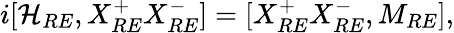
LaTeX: i[{\cal H}_{RE},X_{RE}^{+}X_{RE}^{-}]=[X_{RE}^{+}X_{RE}^{-},M_{RE}],